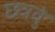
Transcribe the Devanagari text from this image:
छत्रवुं